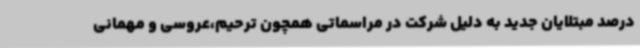
درصد مبتلایان جدید به دلیل شرکت در مراسماتی همچون ترحیم،عروسی و مهمانی